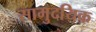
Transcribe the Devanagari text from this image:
सामुदयिक